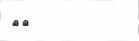
١٣